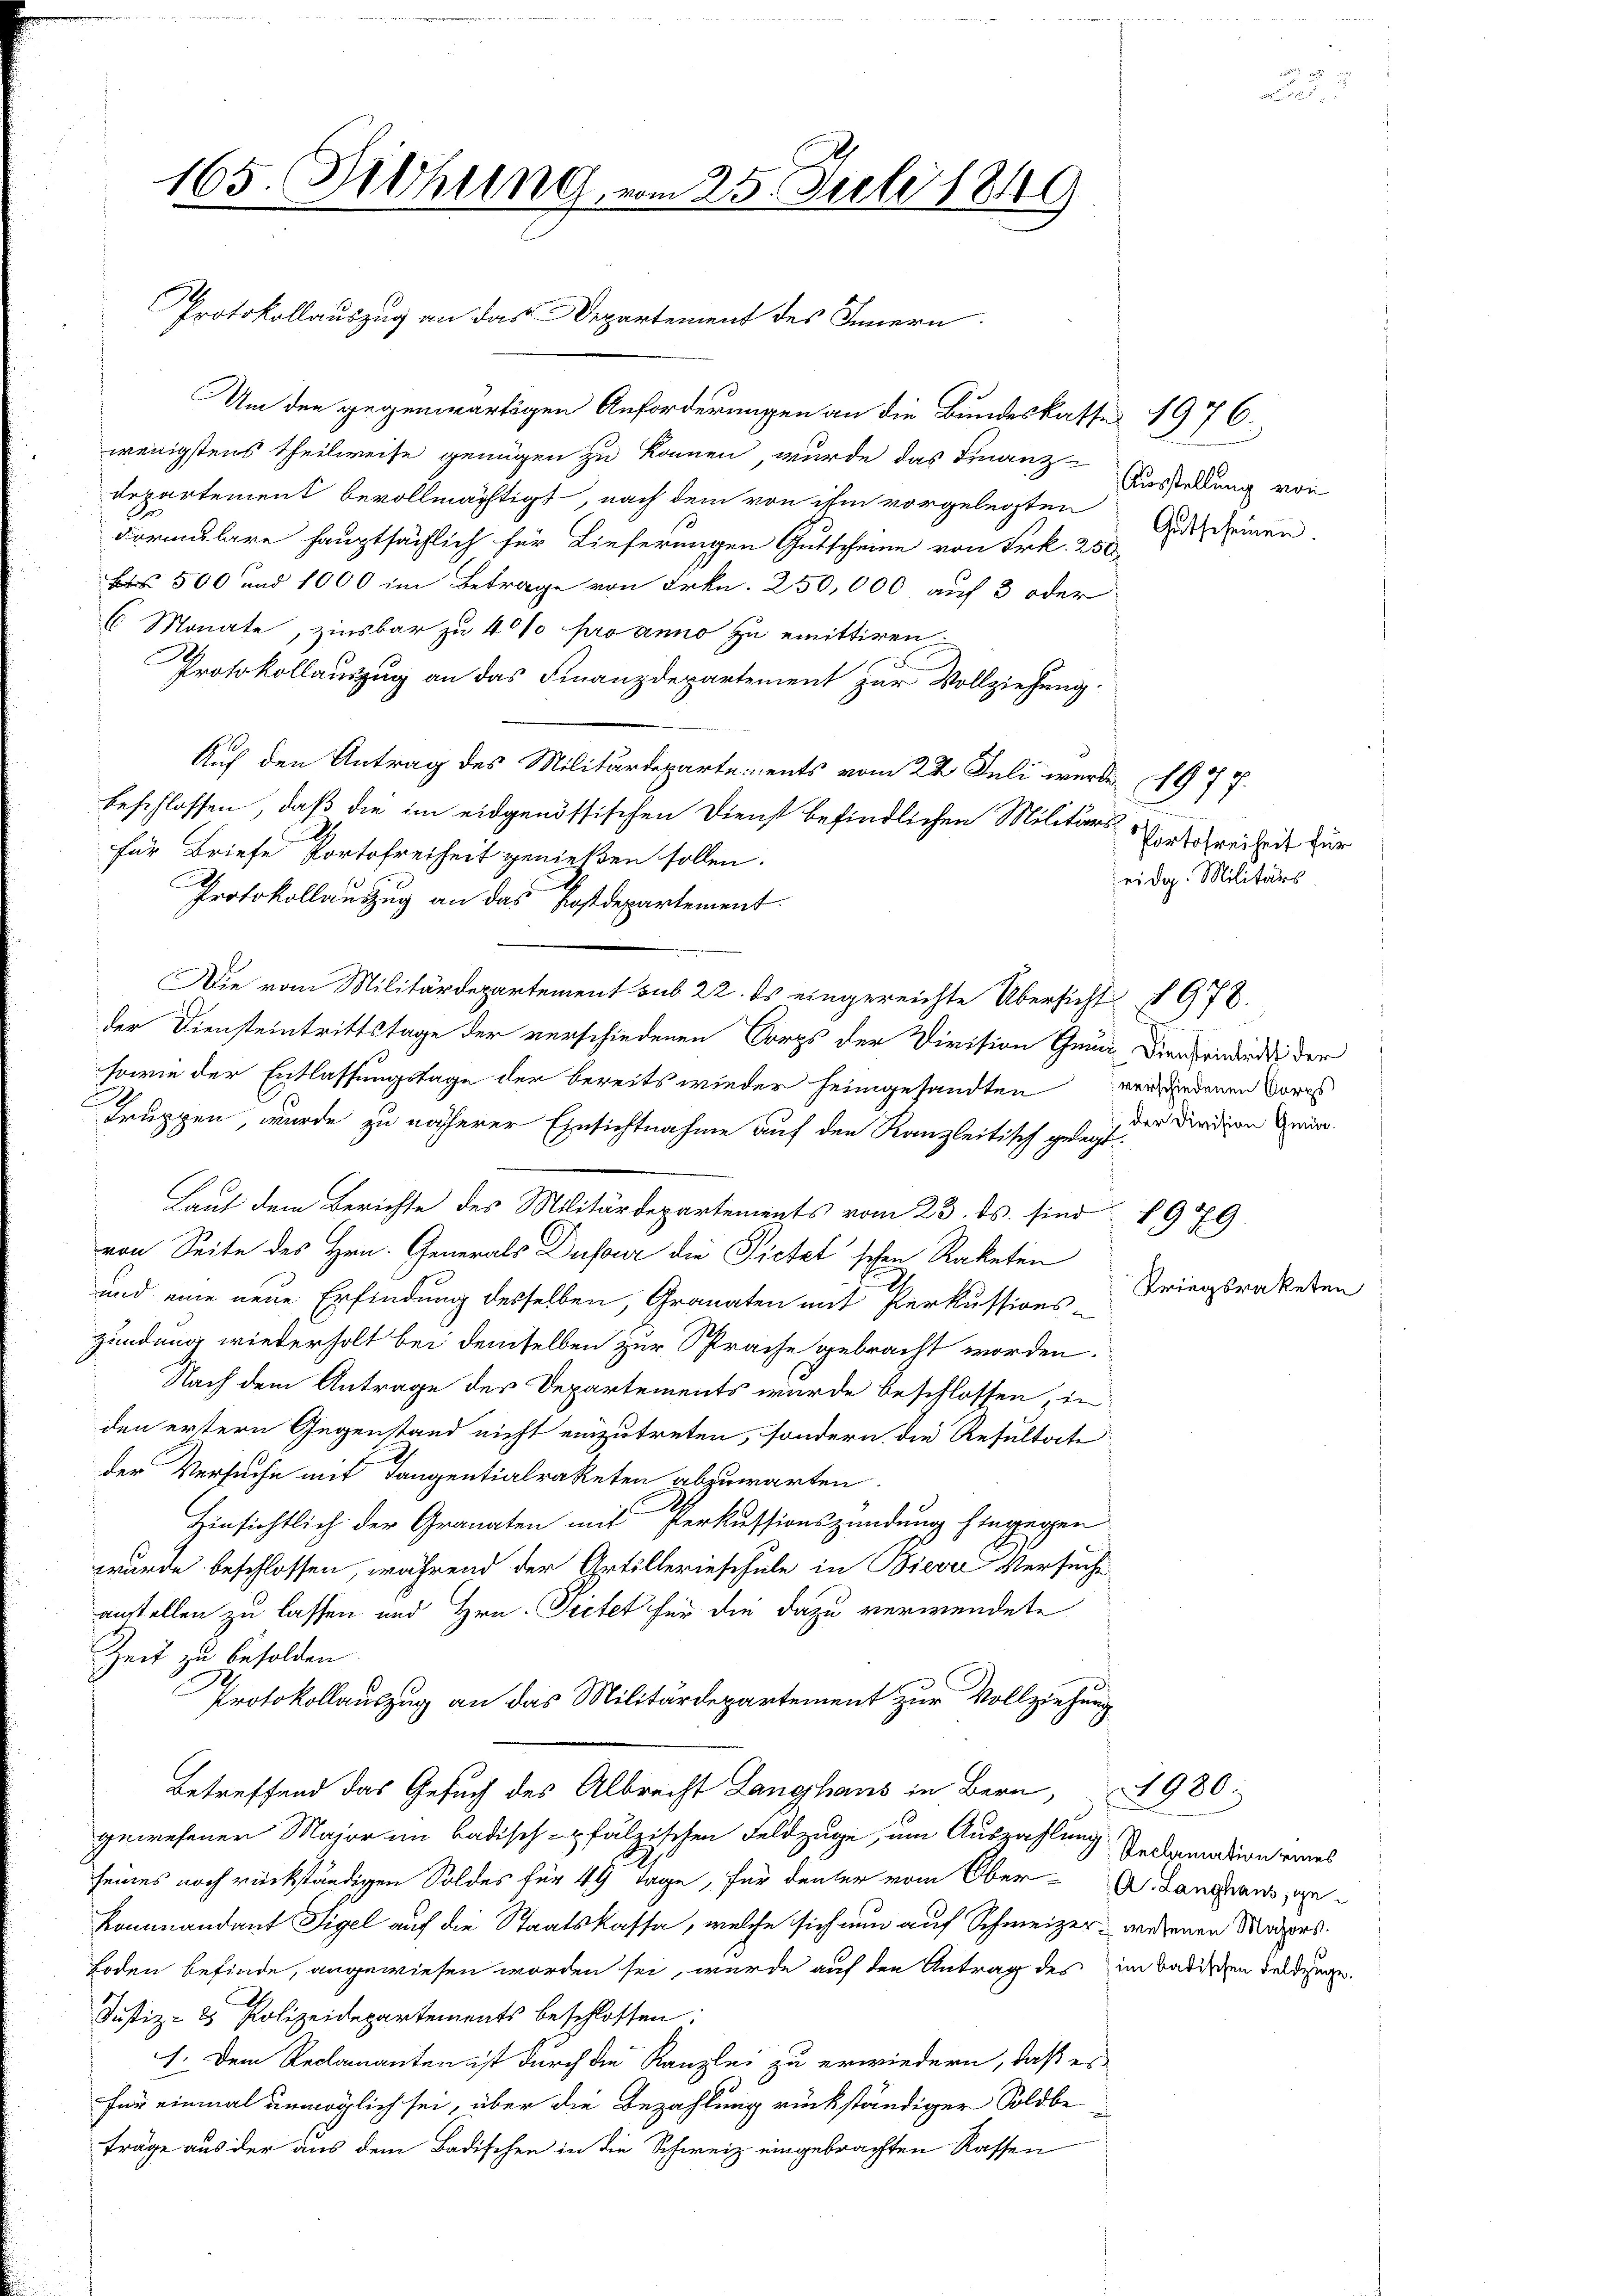
165. Diehung, vom 25. Juli 1849

Um den gegenwärtigen Anforderungen an die Bundeskasse 1976.
wenigstens Theilweise genügen zu können, wurde das Finanz-Anstellung von
departement bevollmächtigt, nach dem von ihm vorgelegten Ausscheinen.
dormulare hauptsächlich für Lieferungen Gutscheine von Frk. 250
B 500 und 1000 im Betrage von Frkn. 250,000 auf 3 oder
6 Monate, zinsbar zu 40% pro anno zu emittiren
Protokollauszug an das Finanzdepartement zur Vollziehung.
Auf den Antrag des Militärdepartements vom 22 Juli wurde 1977.
beschlossen, daß die im eidgenössischen Dienst befindlichen Militärs Vorschreiheit zur
für Briefe Portofreiheit genießen sollen.
Protokollauszug an das Postdepartement
Die vom Militärdepartement sub 22. ds eingereichte Übersicht § 978.
der Diensteintrittstage der verschiedenen Corps der Division Grund Diensriedienti der
sowie der Entlassungstage der bereits wieder heimgesandten verwiedenen Vors
Truppen, wurde zu näherer Einsichtnahme auf den Kanzleitisch geregt
Laut dem Berichte des Militärdepartements vom 23. ds. sind 1979.
von Seite des Hrn. Generals Dufour die Pietatischen Raketen
und eine neue Erfindung desselben, Granaten mit Perkussions-
zündung wiederholt bei demselben zur Sprache gebracht worden.
Nach dem Antrage des Departements wurde beschlossen, in
den erstern Gegenstand nicht einzutreten, sondern, die Resultate
der Versuche mit Tangentialraketen abzuwarten.
Hinsichtlich der Granaten mit Perkussionszündung hingegen
wurde beschlossen, während der Artillerieschule in Bievre Versuche
anstellen zu lassen und Hrn. Dietet für die dazu verwendete
Zeit zu besolden
Protokollauszug an das Militärdepartement zur Vollziehung
Betreffend das Gesuch des Albrecht Langhaus in Bern, 1980.
gewesener Major in badisch-pfälzischen Feldzüge, um Auszahlung Reclamation eines
seines noch rückständigen Soldes für 40 Tage, für deuter vom Ober-Langnaus ge¬
Kommandant Sigel auf die Staatskassa, welche sich nun auf Schweizer, wedenen Majorsoden befinde, angewiesen worden sei, wurde auf den Antrag des im Badischen Feldunge
Justiz- & Polizeidepartements beschlossen:
1. Dem Reclamanten ist durch die Kanzlei zu erwiedern, daß es
für einmal unmöglich sei, über die Bezahlung rückständiger Soldbe
träge aus der aus dem Badischen in die Schweiz eingebrachten Rassen

Protokollauszug an das Departement des Innern.

d
eidg. Militärs.

der Division Gmür.

Kriegsrateten